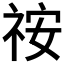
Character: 𥙔